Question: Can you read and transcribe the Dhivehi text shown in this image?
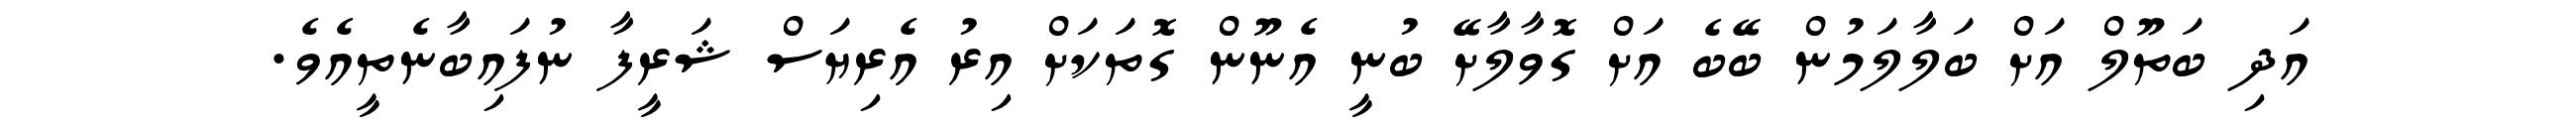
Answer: އަދި ބަތޫލް އަށް ބަލާލަމުން ބޭބެ އަށް ގޮވާލާށޭ ބުނީ އެނޫން ގޮތަކަށް އިރު އެރިޔަސް ޝަރީފާ ނުފައިބާނެތީއެވެ.